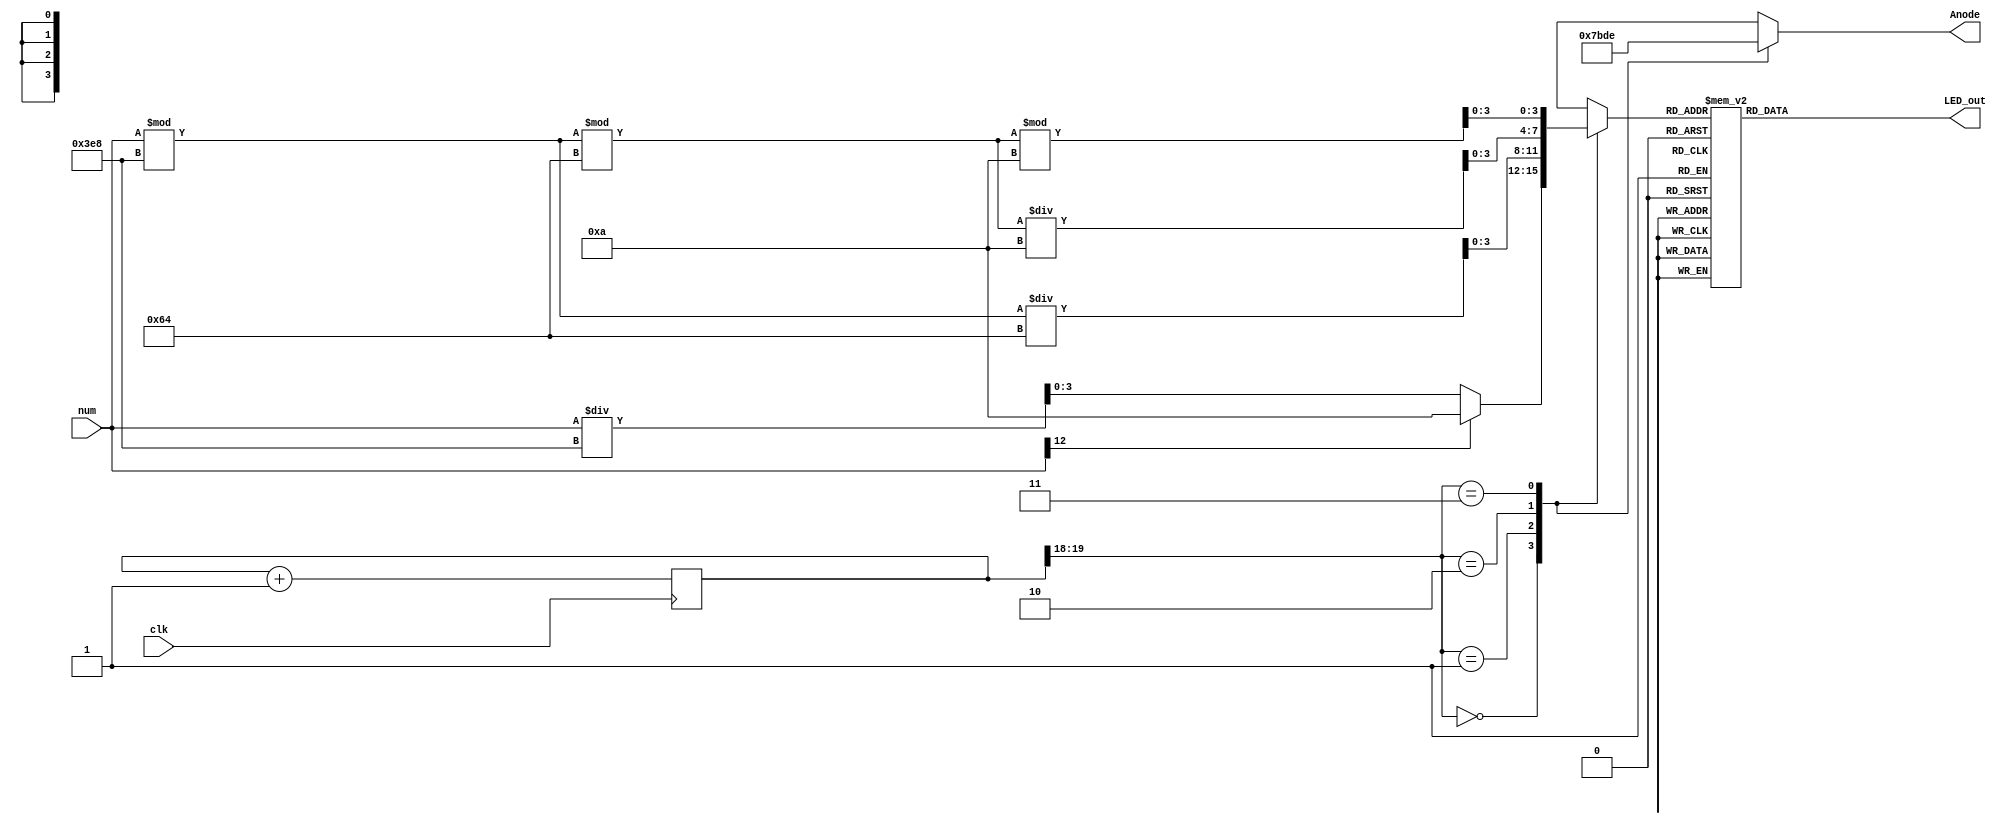
`timescale 1ns / 1ps

module SevenSegDis(
  input clk,
  input [12:0] num,
  output reg [3:0] Anode,
  output reg [6:0] LED_out
);
  reg [3:0] LED_BCD;
  reg [19:0] refresh_counter = 0; // 20-bit counter
  wire [1:0] LED_activating_counter;
  
  always @(posedge clk) begin
    refresh_counter <= refresh_counter + 1;
  end

  assign LED_activating_counter = refresh_counter[19:18];

  wire sign = num[12];

  always @(*) begin
    case(LED_activating_counter)
      2'b00: begin
        Anode = 4'b0111;
        if (sign)
          LED_BCD = 10;
        else
          LED_BCD = num / 1000;
      end
      2'b01: begin
        Anode = 4'b1011;
        LED_BCD = (num % 1000) / 100;
      end
      2'b10: begin
        Anode = 4'b1101;
        LED_BCD = ((num % 1000) % 100) / 10;
      end
      2'b11: begin
        Anode = 4'b1110;
        LED_BCD = ((num % 1000) % 100) % 10;
      end
    endcase
  end

  always @(*) begin
    case(LED_BCD[3:0])
      4'b0000: LED_out = 7'b0000001; // "0"
      4'b0001: LED_out = 7'b1001111; // "1"
      4'b0010: LED_out = 7'b0010010; // "2"
      4'b0011: LED_out = 7'b0000110; // "3"
      4'b0100: LED_out = 7'b1001100; // "4"
      4'b0101: LED_out = 7'b0100100; // "5"
      4'b0110: LED_out = 7'b0100000; // "6"
      4'b0111: LED_out = 7'b0001111; // "7"
      4'b1000: LED_out = 7'b0000000; // "8"
      4'b1001: LED_out = 7'b0000100; // "9"
      4'b1010: LED_out = 7'b1111110; // "-"
      4'b1011: LED_out = 7'b1111111; // "display nothing"
      default: LED_out = 7'b0000001; // "0"
    endcase
  end
endmodule